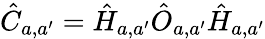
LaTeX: \hat{C}_{a,a^{\prime}}=\hat{H}_{a,a^{\prime}}\hat{O}_{a,a^{\prime}}\hat{H}_{a,a^{\prime}}